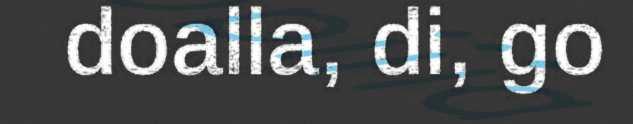
doalla, di, go